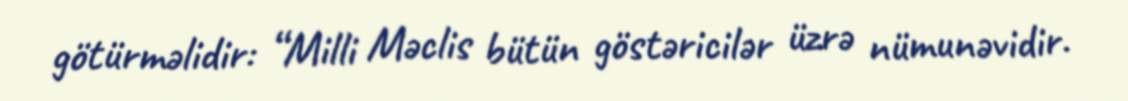
götürməlidir: “Milli Məclis bütün göstəricilər üzrə nümunəvidir.